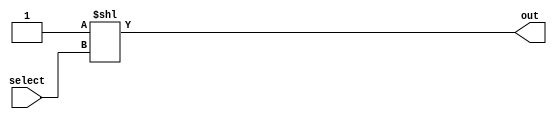
module decoder_32(out, select);
    input [4:0] select;
    output [31:0] out;
    wire enable;
    assign enable = 1'b1;
    assign out = enable << select;
endmodule